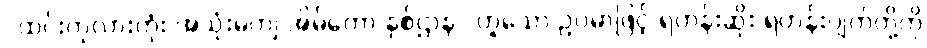
“ထင်းကုလားတုံး အသုံးမကျ အိမ်တော နှစ်ဌာန” ဟူသော ဥပမာဖြင့် ရဟန်းဆိုး ရဟန်းပျက်တို့ကို